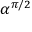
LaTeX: \alpha ^ { \pi / 2 }